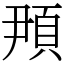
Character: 䪳